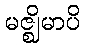
မဇ္ဈိမာပိ